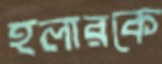
হলারকে